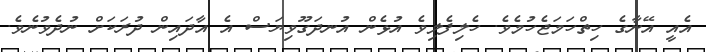
އެއީ އޭނާގެ ހިތްހަމަޖެހުމެވެ. ހެލިފެލިވެ އުޅެން އުނދަގޫވިޔަސް އެ އާދައިން ދުރަކަށް ނުދެވުނެވެ.